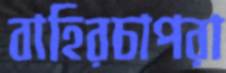
বাহিরচাপরা